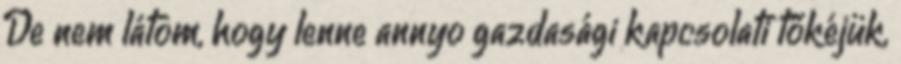
De nem látom, hogy lenne annyo gazdasági kapcsolati tőkéjük,